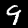
Digit: 9